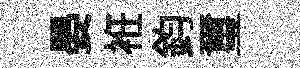
晏袵鈞璽